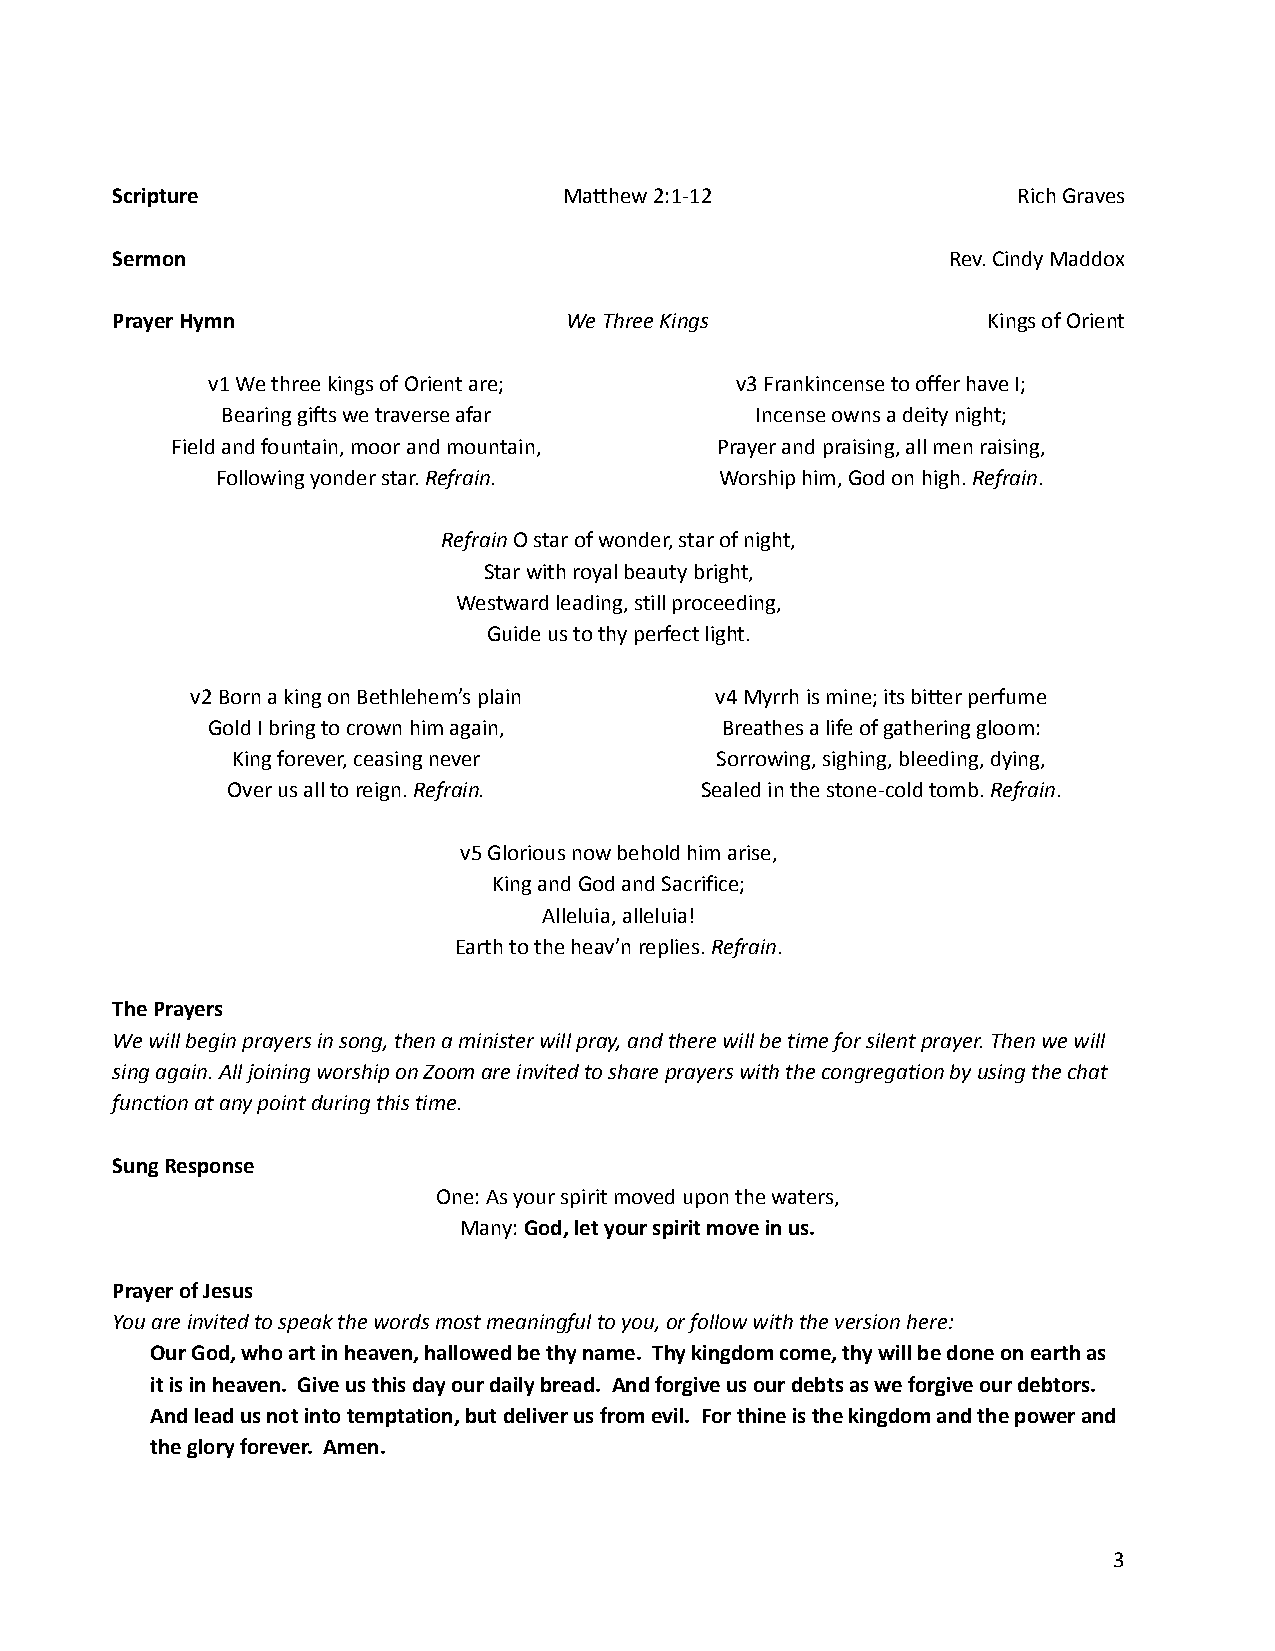
Scripture                     Matthew 2:1-12                Rich Graves
 Sermon                                                  Rev. Cindy Maddox
 Prayer Hymn                   We Three Kings              Kings of Orient
 v1 We three kings of Orient are;   v3 Frankincense to offer have I;
 Bearing gifts we traverse afar     Incense owns a deity night;
 Field and fountain, moor and mountain, Prayer and praising, all men raising,
 Following yonder star.Refrain.    Worship him, God on high.Refrain.
 RefrainO star of wonder, star of night,
 Star with royal beauty bright,
 Westward leading, still proceeding,
 Guide us to thy perfect light.
 v2 Born a king on Bethlehem’s plain v4 Myrrh is mine; its bitter perfume
 Gold I bring to crown him again,  Breathes a life of gathering gloom:
 King forever, ceasing never     Sorrowing, sighing, bleeding, dying,
 Over us all to reign.Refrain.  Sealed in the stone-cold tomb.Refrain.
 v5 Glorious now behold him arise,
 King and God and Sacrifice;
 Alleluia, alleluia!
 Earth to the heav’n replies.Refrain.
 The Prayers
 We will begin prayers in song, then a minister will pray, and there will be time for silent prayer. Then we will
 sing again. All joining worship on Zoom are invited to share prayers with the congregation by using the chat
 function at any point during this time.
 Sung Response
 One: As your spirit moved upon the waters,
 Many:God, let your spirit move in us.
 Prayer of Jesus
 You are invited to speak the words most meaningful to you, or follow with the version here:
 Our God, who art in heaven, hallowed be thy name. Thy kingdom come, thy will be done on earth as
 it is in heaven. Give us this day our daily bread. And forgive us our debts as we forgive our debtors.
 And lead us not into temptation, but deliver us from evil. For thine is the kingdom and the power and
 the glory forever. Amen.
 3